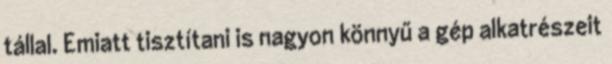
tállal. Emiatt tisztítani is nagyon könnyű a gép alkatrészeit